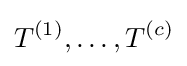
T^{(1)},\dots ,T^{(c)}